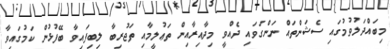
މިބައްދަލުވުމުގައި ސެޝަންތައް ނަންގަވައި ދެއްވީ މިދާއިރާއިން ތަޢުލީމާއި ތަޖުރިބާ ލިބިފައިވާ ބޭފުޅުން ކަމުގައިވާ